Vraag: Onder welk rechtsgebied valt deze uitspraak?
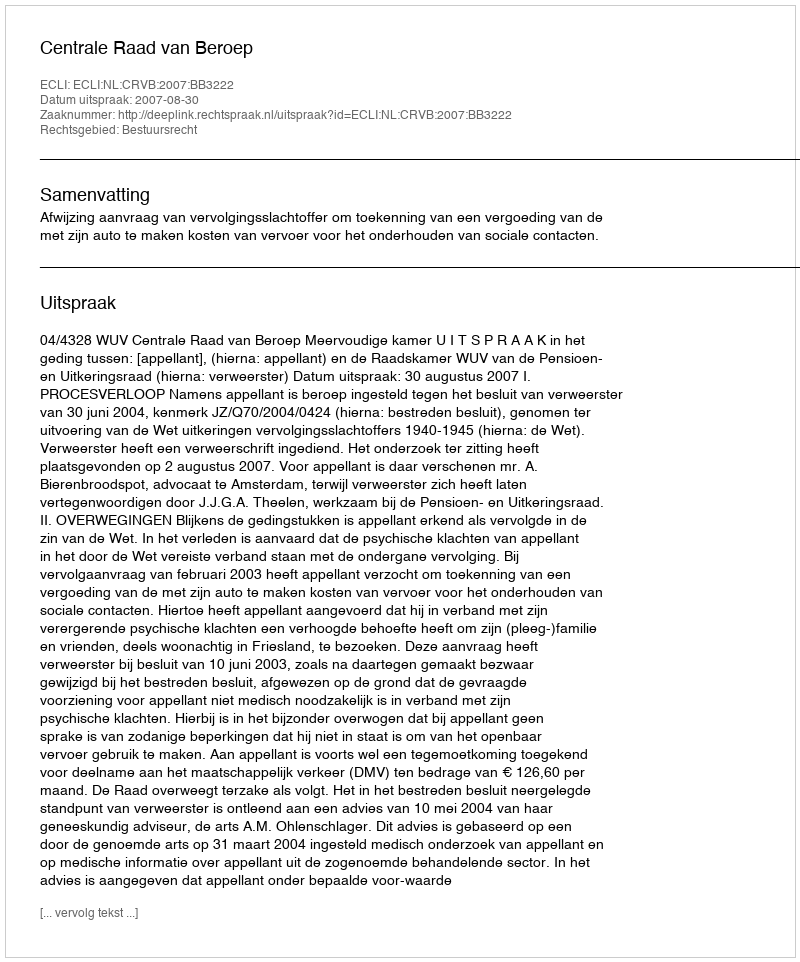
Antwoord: Bestuursrecht